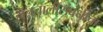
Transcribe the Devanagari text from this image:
हालचालींसंबंधीचा